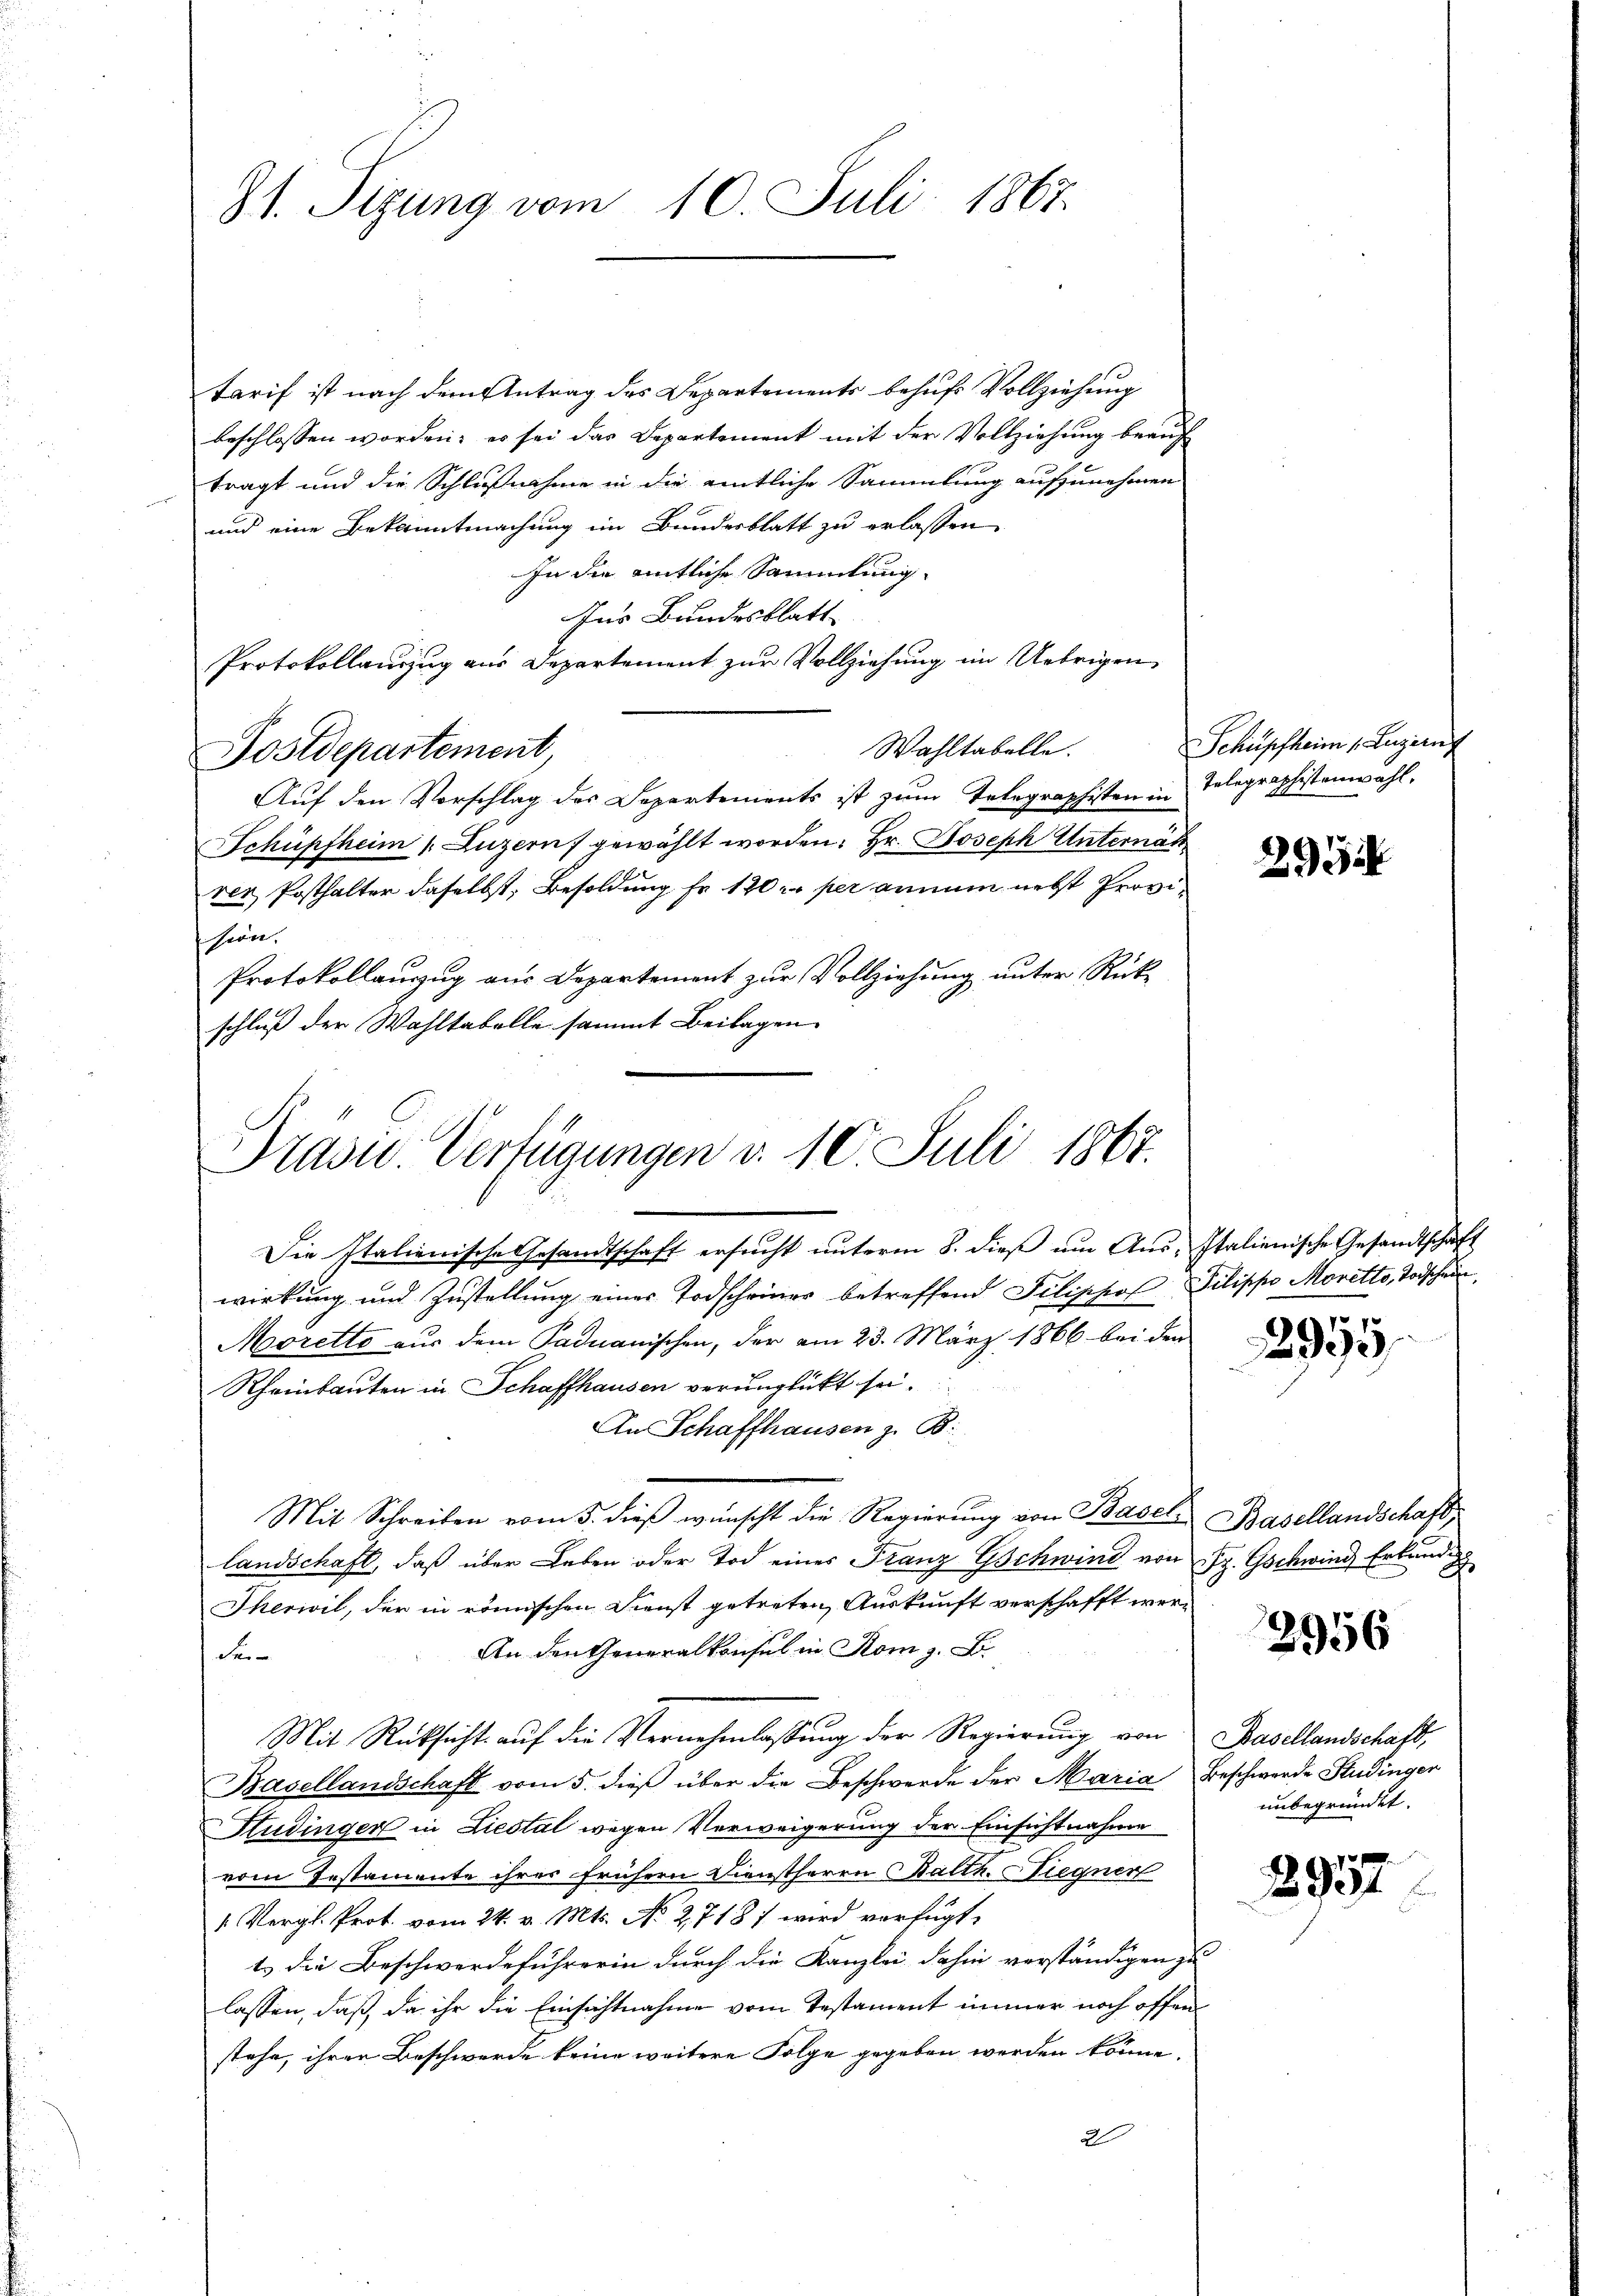
31. Sizung vom 10. Juli 1867.

tarif ist nach dem Antrag des Departements behufs Vollziehung
beschlossen worden; es sei das Departement mit der Vollziehung beauf
tragt und die Schlußnahme in die amtliche Sammlung aufzunehmen
und eine Bekanntmachung im Bundesblatt zu erlassen
In die amtliche Sammlung
Ins Bundesblatt
Protokollauszug aus Departement zur Vollziehung im Uebrigen,
Wahltabelle.
Postdepartement,
Aŭf den Vorschlag des Departements ist zŭm Telegraphisten in Telegraphistenwahl-
Schüpfheim Luzern gewählt worden: Hr. Joseph Unternah
rer Posthalter daselbst, Besoldung Fr. 120 r per annum nebst Provihern.
Protokollanzug aus Departement zur Vollziehung unter Rückschluß der Wahltabelle sammt Beilagen

Präsid.. Verfügungen v. 10. Juli 1867.

Schüpfheim 1. Luzern

Die Italienische Gesandtschaft ersucht unterm 8. dieß um Aus-Italienische Gesandtschaft
wirkung und Zustellung einer Todscheiner betreffend Jelischof Pilippo Moretto, Todschein
Moretto aus dem Padnanischen, der am 23. März 1866 bei den
Rheinbauten in Schaffhausen verunglückt sei.
An Schaffhausen z. B.
Mit Schreiben vom 5. dieß wünscht die Regierung von Basel, Basellandschaft,
landschaft, daß über Leben oder Tod eines Franz Gschwind von J. Gschwind Erkundig
Iherivil, der in römischen Dienst getreten, Auskunft verschafft wer¬
An den Generalkonsul in Rom z. B.
der
Mit Rücksicht auf die Vernehmlassung der Regierung von Basellandschaft,
Basellandschaft vom 5. dieß über die Beschwerde der Maria Beschwerde Studinger
Studinger in Liestal wegen Verweigerung der Einsichtnahme
vom Testamente ihres frühern Dienstherrn Balth. Siegner
1 Vergl. Prot. vom 24. v. Mts. No 2,71817 wird verfügt,
t. die Beschwerdeführerin durch die Kanzlei dahin verständigen zu
lassen, daß da ihr die Einsichtnahme vom Testament immer noch offen
stehe, ihren Beschwerde keine weitere Folge gegeben werden könne.
2

2934

295

2956

unbegründet.

f
2934